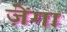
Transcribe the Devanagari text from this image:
ज़ेंगा